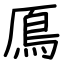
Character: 鳫